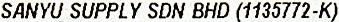
SANYU SUPPLY SDN BHD (1135772-K)